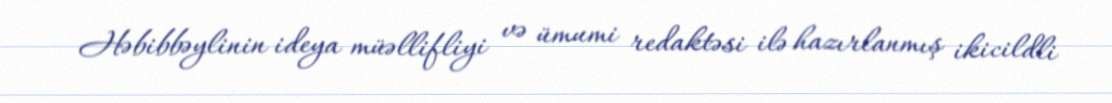
Həbibbəylinin ideya müəllifliyi və ümumi redaktəsi ilə hazırlanmış ikicildli